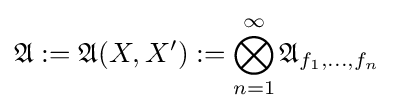
{\mathfrak {A}}:={\mathfrak {A}}(X,X'):=\bigotimes \limits _{n=1}^{\infty }{\mathfrak {A}}_{f_{1},\dots ,f_{n}}